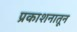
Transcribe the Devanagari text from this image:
प्रकाशनातून